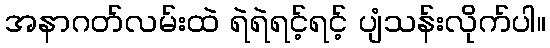
အနာဂတ်လမ်းထဲ ရဲရဲရင့်ရင့် ပျံသန်းလိုက်ပါ။